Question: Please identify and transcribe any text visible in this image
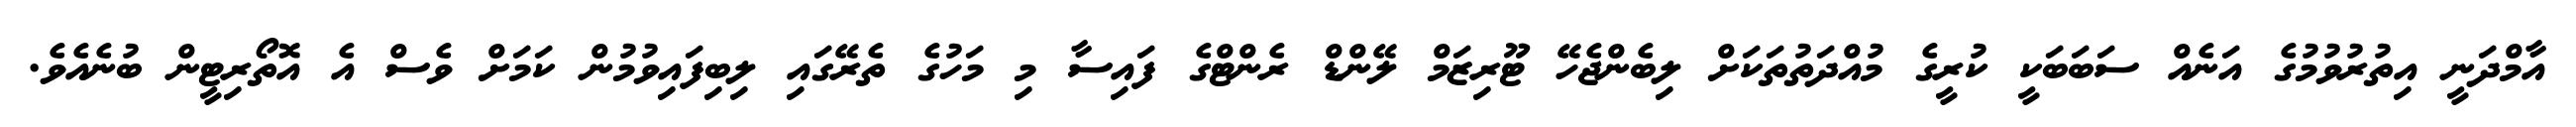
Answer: އާމްދަނީ އިތުރުވުމުގެ އަނެއް ސަބަބަކީ ކުރީގެ މުއްދަތުތަކަށް ލިބެންޖެހޭ ޓޫރިޒަމް ލޭންޑް ރެންޓްގެ ފައިސާ މި މަހުގެ ތެރޭގައި ލިބިފައިވުމުން ކަމަށް ވެސް އެ އޮތޯރިޓީން ބުނެއެވެ.